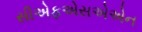
સીએફએસએએન